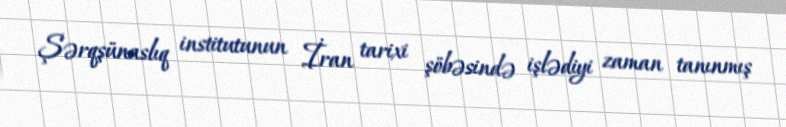
Şərqşünaslıq institutunun İran tarixi şöbəsində işlədiyi zaman tanınmış